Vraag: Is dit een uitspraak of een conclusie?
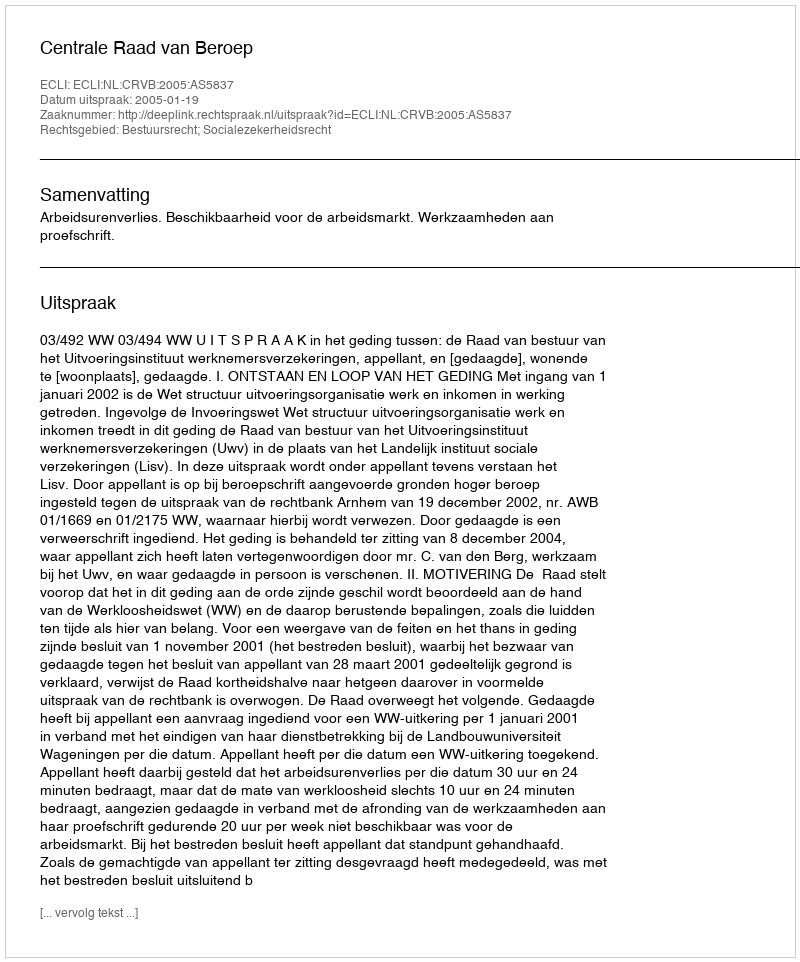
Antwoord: Uitspraak